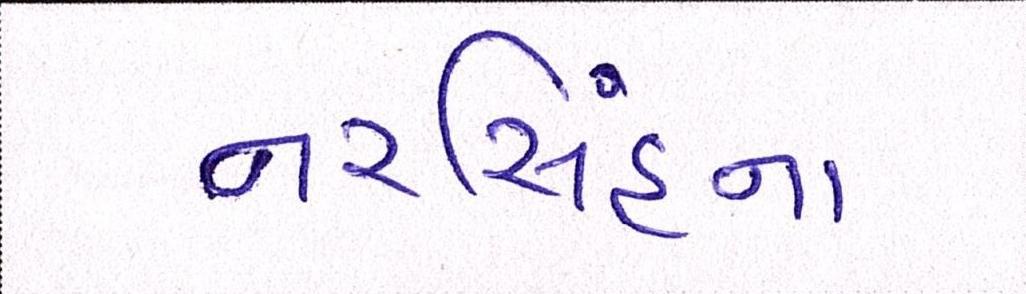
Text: નરસિંહના